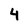
Character: 4